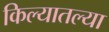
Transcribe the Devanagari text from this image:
किल्यातल्या